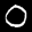
Label: 0